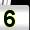
Digit: 5